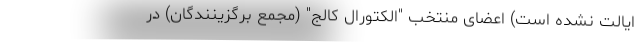
ایالت نشده است) اعضای منتخب "الکتورال کالج" (مجمع برگزینندگان) در